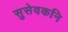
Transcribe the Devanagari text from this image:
सुसेवकनि